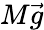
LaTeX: M\vec{g}